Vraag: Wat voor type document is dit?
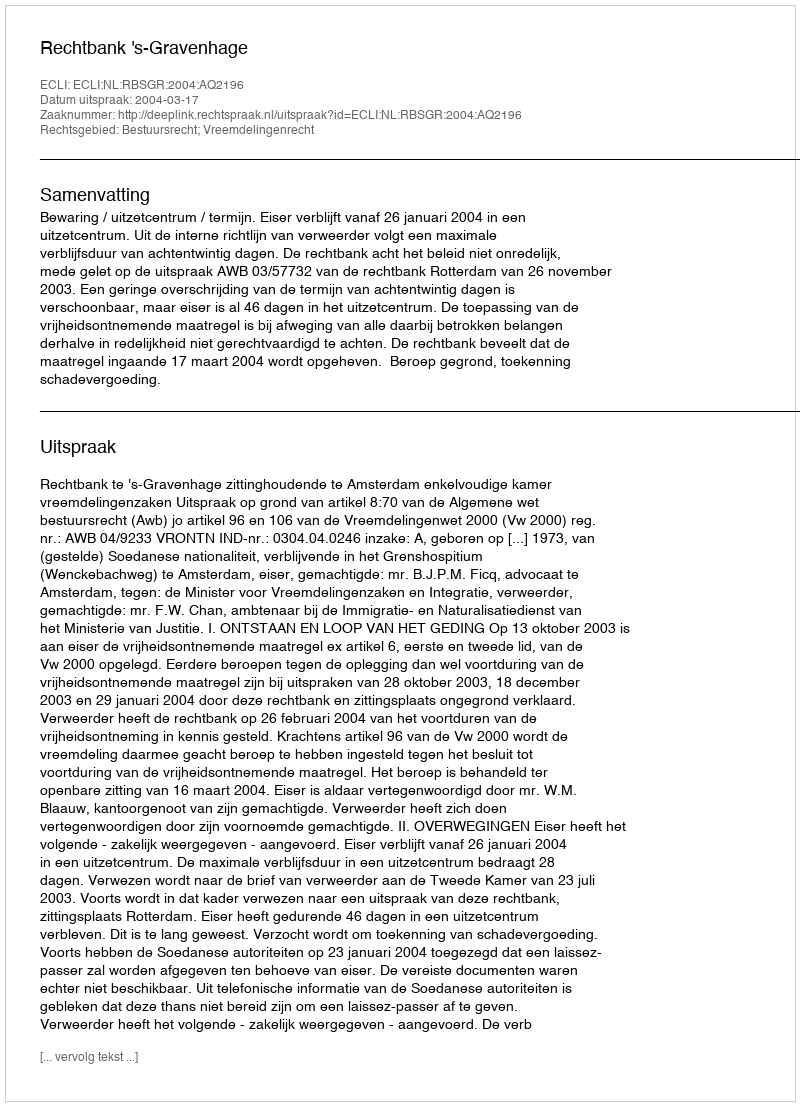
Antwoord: Uitspraak